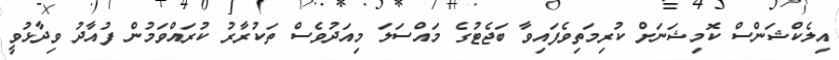
އިލެކްޝަންސް ކޮމިޝަނަށް ކުރިމަތިވެފައިވާ ބަޖެޓުގެ މައްސަލަ މިއަދުވެސް ތަކުރާރު ކުރައްވަމުން ފުއާދު ވިދާޅުވީ